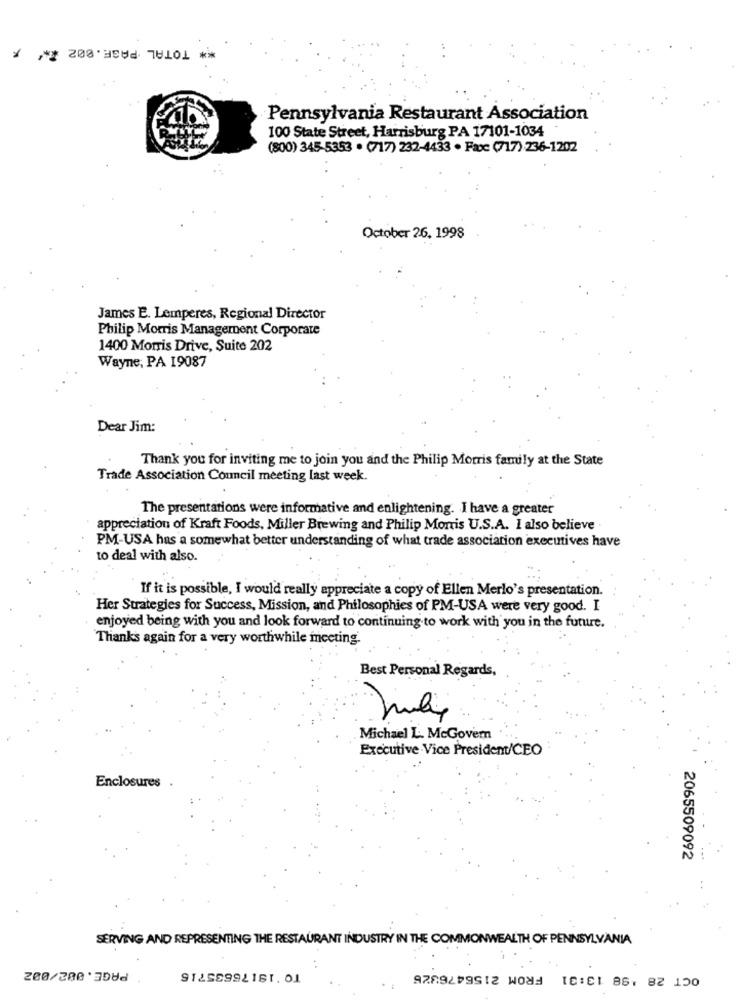
TOTAL PAGE . 002 .
Pennsylvania Restaurant Association
100 State Street, Harrisburg PA 17101-1034
(800) 345-5353 . (717) 232-4433 . Fac (717) 236-1202
October 26. 1998
James E. Lemperes, Regional Director
Philip Morris Management Corporate
1400 Morris Drive, Suite 202
Wayne, PA 19087
Dear Jim:
Thank you for inviting me to join you and the Philip Morris family at the State
Trade Association Council meeting last week.
The presentations were informative and enlightening. I have a greater
appreciation of Kraft Foods, Miller Brewing and Philip Monis U.S.A. I also believe
PM-USA has a somewhat better understanding of what trade association executives have
to deal with also.
If it is possible, I would really appreciate a copy of Ellen Merlo's presentation.
Her Strategies for Success, Mission, and Philosophies of PM-USA were very good. I
enjoyed being with you and look forward to continuing to work with you in the future.
Thanks again for a very worthwhile meeting-
Best Personal Regards,
July
Michael L. McGovern
Executive Vice President/CEO
Enclosures
2065509092
SERVING AND REPRESENTING THE RESTAURANT INDUSTRY IN THE COMMONWEALTH OF PENNSYLVANIA
PAGE.002/002
TO '18176535715
OCT 28 '98 13:31 FROM 2156476326